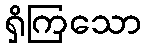
ရှိကြသော